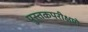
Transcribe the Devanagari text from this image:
पुस्तकपरीक्षणे